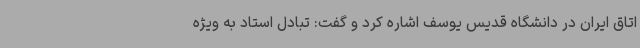
اتاق ایران در دانشگاه قدیس یوسف اشاره کرد و گفت: تبادل استاد به ویژه